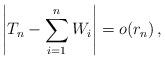
LaTeX: \begin{align*}\left |T_n- \sum_{i=1}^nW_i \right |= o(r_n)\, ,\end{align*}